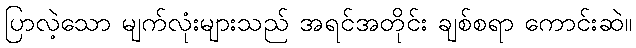
ပြာလဲ့သော မျက်လုံးများသည် အရင်အတိုင်း ချစ်စရာ ကောင်းဆဲ။